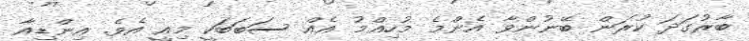
ބާރުގަދަ ކުރަން ބޭނުންވާ އެންމެ މުހިއްމު އެއް ސަބަބަކީ މިއީ އެވެ. އިންޑިއާ